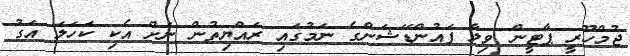
ޖުމްހޫރީ ޕާޓީން ވިލާ ފައުންޑޭޝަންގެ ނަމުގައި ރައްޔިތުން ނަށް އެކި ކަހަލަ އަގު